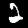
Digit: 2